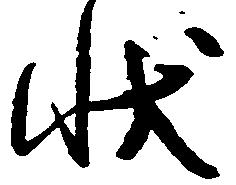
状